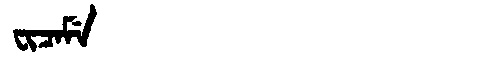
Manchu: ᠸᡳᠴᠠᠮᡝ
Romanization: FICAME